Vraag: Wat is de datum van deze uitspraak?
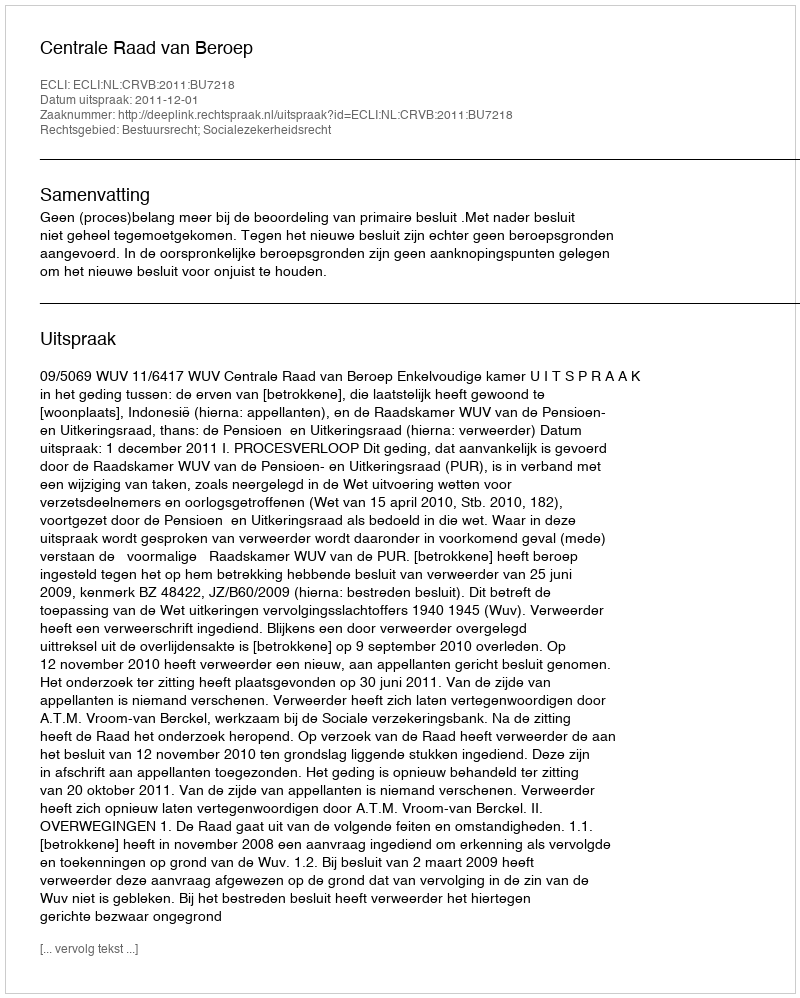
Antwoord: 2011-12-01